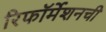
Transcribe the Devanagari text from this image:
रिफॉर्मेशनची